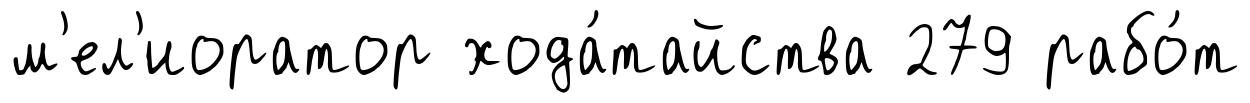
м'ел'иоратор хода́тайства 279 рабо́т